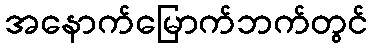
အနောက်မြောက်ဘက်တွင်